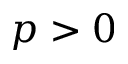
p > 0